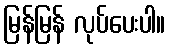
မြန်မြန် လုပ်ပေးပါ။